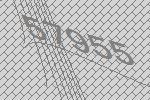
57955